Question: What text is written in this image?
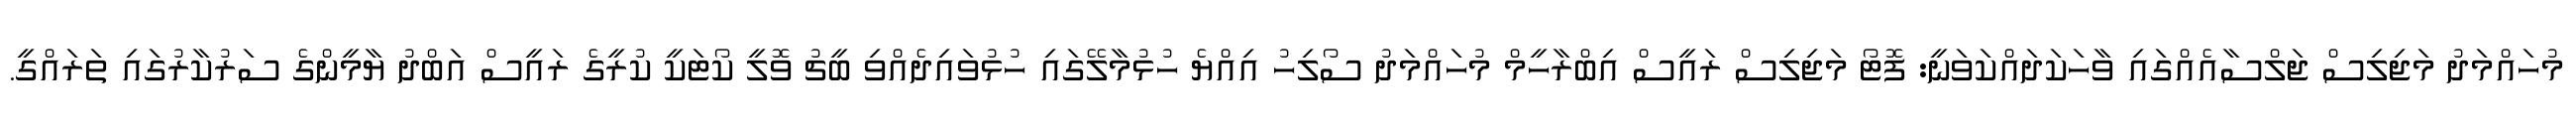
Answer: މުހައްމަދު މަޖިލިސް ޖަލްސާއެއްގައި ވާހަކަދައްކަވަނީ: ފޮޓޯ މަޖިލިސް ރައީސް އިބްރާހީމް މުހައްމަދު ސޯލިހު އިއްޔެ ހުޅުމާލޭގައި ހުޅުވައިދެއްވި ބީޗު ވޮލީ ކޯޓަކީ ކުރީގެ ރައީސް އަބްދު ޔާމީންގެ ސަރުކާރުގައި ތަރައްގީ.